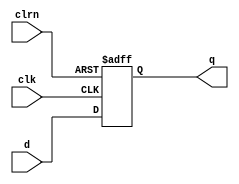
// 32bit D flip-flop.
module dff32(d, clk, clrn, q);
	input      [31:0] d;
	input             clk, clrn;
	output reg [31:0] q;

	always @(negedge clrn or posedge clk)
		if (clrn == 0) begin
			q <= 0;
		end else begin
			q <= d;
		end
endmodule